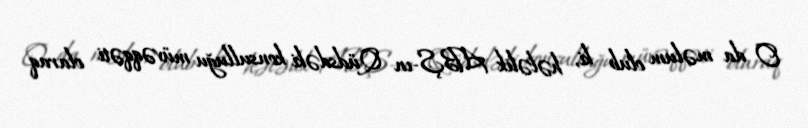
O da məlum olub ki, hələlik ABŞ-ın Qüdsdəki konsulluğu müvəqqəti olaraq